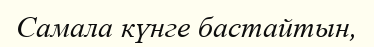
Самала күнге бастайтын,